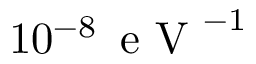
1 0 ^ { - 8 } \, \mathrm { ~ e ~ V ~ } ^ { - 1 }